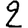
Digit: 2